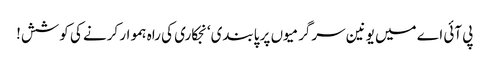
پی آئی اے میں یونین سرگرمیوں پر پابندی‘ نجکاری کی راہ ہموار کرنے کی کوشش!